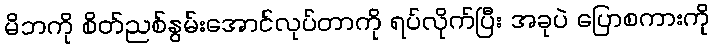
မိဘကို စိတ်ညစ်နွမ်းအောင်လုပ်တာကို ရပ်လိုက်ပြီး အခုပဲ ပြောစကားကို